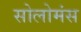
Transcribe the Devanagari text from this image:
सोलोमंस